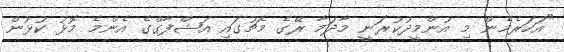
"އަހަރެމެން މި އުންމީދުކުރަނީ މާދަމާ ރޭގެ މެޗުގައި އަޝްފާގްގެ އެންމެ މޮޅު ކުޅުން